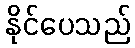
နိုင်ပေသည်